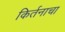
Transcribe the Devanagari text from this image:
किर्तनाचा